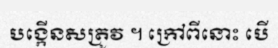
បង្កើនសត្រូវ ។ ក្រៅពីនោះ បើ